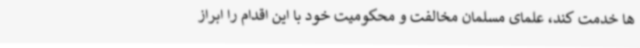
ها خدمت کند، علمای مسلمان مخالفت و محکومیت خود با این اقدام را ابراز